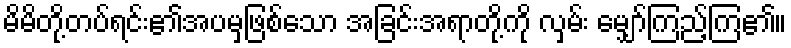
မိမိတို့တပ်ရင်း၏အပမှဖြစ်သော အခြင်းအရာတို့ကို လှမ်း မျှော်ကြည့်ကြ၏။